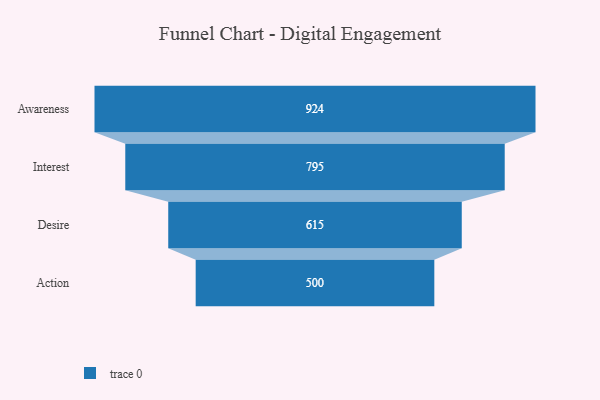
{"axis": {"x": "Stage", "y": "Value"}, "legend": [""], "data": [{"x": "Awareness", "y": 924.0, "type": ""}, {"x": "Interest", "y": 795.0, "type": ""}, {"x": "Desire", "y": 615.0, "type": ""}, {"x": "Action", "y": 500, "type": ""}]}